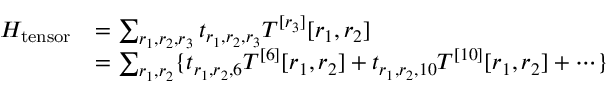
\begin{array} { r l } { H _ { \mathrm { t e n s o r } } } & { = \sum _ { r _ { 1 } , r _ { 2 } , r _ { 3 } } t _ { r _ { 1 } , r _ { 2 } , r _ { 3 } } T ^ { [ r _ { 3 } ] } [ r _ { 1 } , r _ { 2 } ] } \\ & { = \sum _ { r _ { 1 } , r _ { 2 } } \{ t _ { r _ { 1 } , r _ { 2 } , 6 } T ^ { [ 6 ] } [ r _ { 1 } , r _ { 2 } ] + t _ { r _ { 1 } , r _ { 2 } , 1 0 } T ^ { [ 1 0 ] } [ r _ { 1 } , r _ { 2 } ] + \cdots \} } \end{array}